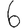
Digit: 6